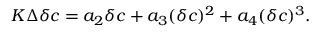
\begin{array} { l } { \displaystyle { K \Delta \delta c = a _ { 2 } \delta c + a _ { 3 } ( \delta c ) ^ { 2 } + a _ { 4 } ( \delta c ) ^ { 3 } . } } \end{array}